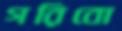
গরিবো